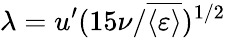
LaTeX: \lambda=u^{\prime}(15\nu/\overline{{\langle\varepsilon\rangle}})^{1/2}